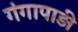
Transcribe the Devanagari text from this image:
गंगापाड़ी